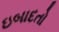
ઇબાદતો